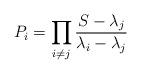
LaTeX: \begin{align*} P_i = \prod_{i\neq j} \frac{S-\lambda_j}{\lambda_i-\lambda_j}\end{align*}